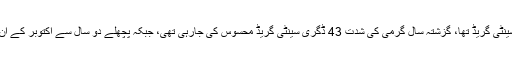
سردار سرفراز کا کہنا ہے کہ گزشتہ سال ان دنوں میں درجہ حرارت 39 ڈگری سینٹی گریڈ تھا، گزشتہ سال گرمی کی شدت 43 ڈگری سینٹی گریڈ محسوس کی جارہی تھی، جبکہ پچھلے دو سال سے اکتوبر کے ان دنوں میں ہیٹ ویو رہی ہے، تاہم رواں ماہ حالیہ دنوں کی خنکی غیر معمولی ہے۔